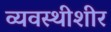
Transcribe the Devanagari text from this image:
व्यवस्थीशीर